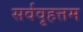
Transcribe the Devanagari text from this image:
सर्ववृहत्तम